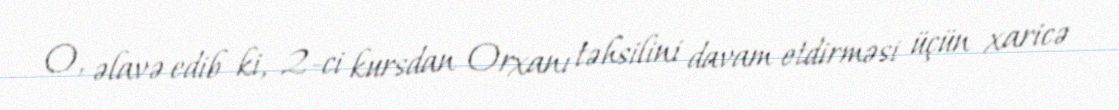
O, əlavə edib ki, 2-ci kursdan Orxanı təhsilini davam etdirməsi üçün xaricə